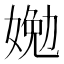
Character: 㛯